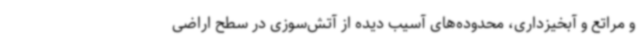
و مراتع و آبخیزداری، محدوده‌های آسیب دیده از آتش‌سوزی در سطح اراضی